Lunatic asylums Burma 1907-21 - 1907-1921
Year: 1907
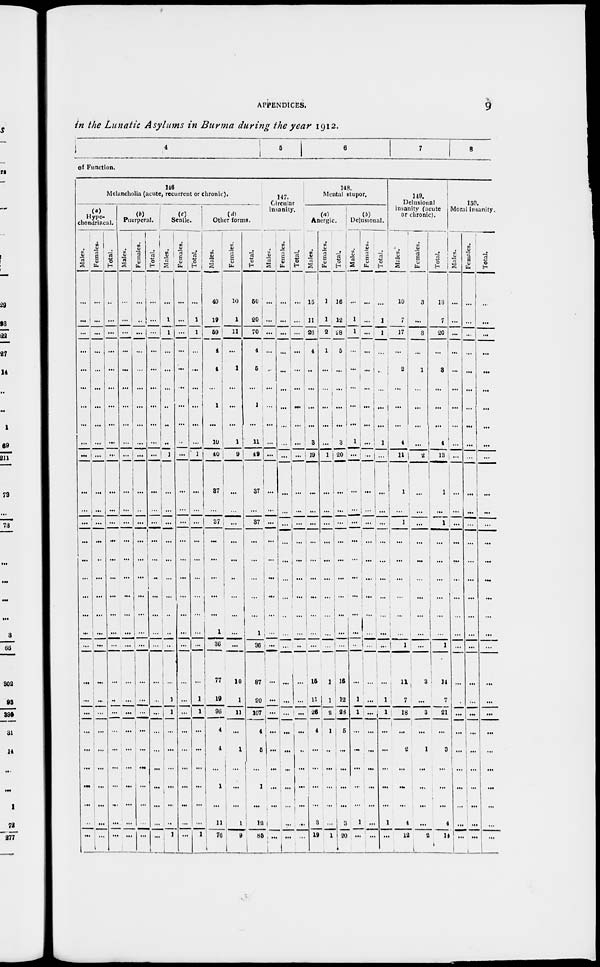
APPENDICES.
9
in the Lunatic Asylums in Burma during the year 1912.
4
5
6
7
8
of Function.
146
Melancholia (acute, recurrent or chronic).
(a)
Hypo-
chondriacal.
Males.
...
...
...
...
...
...
...
...
...
...
...
...
...
...
...
...
...
...
...
...
...
...
...
...
...
...
...
...
...
...
Females.
...
...
...
...
...
...
...
...
...
...
...
...
...
...
...
...
...
...
...
...
...
...
...
...
...
...
...
...
...
...
Total.
...
...
...
...
...
...
...
...
...
...
...
...
...
...
...
...
...
...
...
...
...
...
...
...
...
...
...
...
...
...
(b)
Puerperal.
Males.
...
...
...
...
...
...
...
...
...
...
...
...
...
...
...
...
...
...
...
...
...
...
...
...
...
...
...
...
...
...
Females.
...
...
...
...
...
...
...
...
...
...
...
...
...
...
...
...
...
...
...
...
...
...
...
...
...
...
...
...
...
...
Total.
...
...
...
...
...
...
...
...
...
...
...
...
...
...
...
...
...
...
...
...
...
...
...
...
...
...
...
...
...
(c) Senile.
Males.
...
1
1
...
...
...
...
...
...
1
...
...
...
...
...
...
...
...
...
...
1
1
1
...
...
...
...
...
...
1
Females.
...
...
...
...
...
...
...
...
...
...
...
...
...
...
...
...
...
...
...
...
...
...
...
...
...
...
...
...
...
...
Total.
...
1
1
...
...
...
...
...
...
1
...
...
...
...
...
...
...
...
...
1
1
1
...
...
...
...
...
1
(d)
Other forms.
Males.
40
19
59
4
4
...
1
...
10
40
37
...
37
...
...
...
...
...
1
36
77
10
96
4
4
...
1
...
11
76
Females.
10
1
11
...
1
...
...
...
1
9
...
...
...
...
...
...
...
...
...
...
10
1
11
...
1
...
...
...
1
9
Total.
50
20
70
4
6
...
1
...
11
49
37
...
37
...
...
...
...
...
1
36
87
20
107
4
5
...
1
...
12
85
147.
Circular
insanity.
Males.
...
...
...
...
...
...
...
...
...
...
...
...
...
...
...
...
...
...
...
...
...
...
...
...
...
...
...
...
...
...
Females.
...
...
...
...
...
...
...
...
...
...
...
...
...
...
...
...
...
...
...
...
...
...
...
...
...
...
...
...
...
...
Total.
...
...
...
...
...
...
...
...
...
...
...
...
...
...
...
...
...
...
...
...
...
...
...
...
...
...
...
...
...
...
148.
Mental stupor.
Anergic.
Males.
15
11
26
4
...
...
...
...
3
19
...
...
...
...
...
...
...
...
...
...
15
11
26
4
...
...
...
...
3
19
Females.
1
1
2
1
...
...
...
...
...
1
...
...
...
...
...
...
...
...
...
...
1
1
2
1
...
...
...
...
...
1
Total.
16
12
28
5
...
...
...
...
3
20
...
...
...
...
...
...
...
...
...
...
16
12
28
5
...
...
...
...
3
20
Delusional.
Males.
...
1
1
...
...
...
...
...
1
...
...
...
...
...
...
...
...
...
...
...
...
1
1
...
...
...
...
...
1
...
Females.
...
...
...
...
...
...
...
...
...
....
...
...
...
...
...
...
...
...
...
...
...
...
...
...
...
...
...
...
...
...
Total.
...
1
1
...
...
...
...
...
1
...
...
...
...
...
...
...
...
...
...
...
...
1
1
...
...
...
...
...
1
...
149.
Delusional
insanity (acute
or chronic).
Males.
10
7
17
...
2
...
...
...
4
11
1
...
1
...
...
...
...
...
...
1
11
7
18
...
2
...
...
...
4
12
Females.
3
...
3
...
1
...
...
...
...
2
...
...
...
...
...
...
...
...
...
...
3
...
3
...
1
...
...
...
...
2
Total.
13
7
20
...
3
...
...
...
4
13
1
...
1
...
...
...
...
...
...
1
14
7
21
...
3
...
...
...
4
14
150.
Moral insanity.
Males.
...
...
...
...
...
...
...
...
...
...
...
...
...
...
...
...
...
...
...
...
...
...
...
...
...
...
...
...
...
...
Females.
...
...
...
...
...
...
...
...
...
...
...
...
...
...
...
...
...
...
...
...
...
...
...
...
...
...
...
...
...
...
Total.
...
...
...
...
...
...
...
...
...
...
...
...
...
...
...
...
...
...
...
...
...
...
...
...
...
...
...
...
...